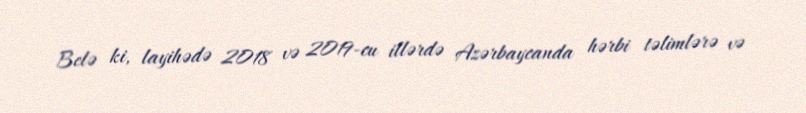
Belə ki, layihədə 2018 və 2019-cu illərdə Azərbaycanda hərbi təlimlərə və